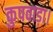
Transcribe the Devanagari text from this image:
कुपवाड़ा।